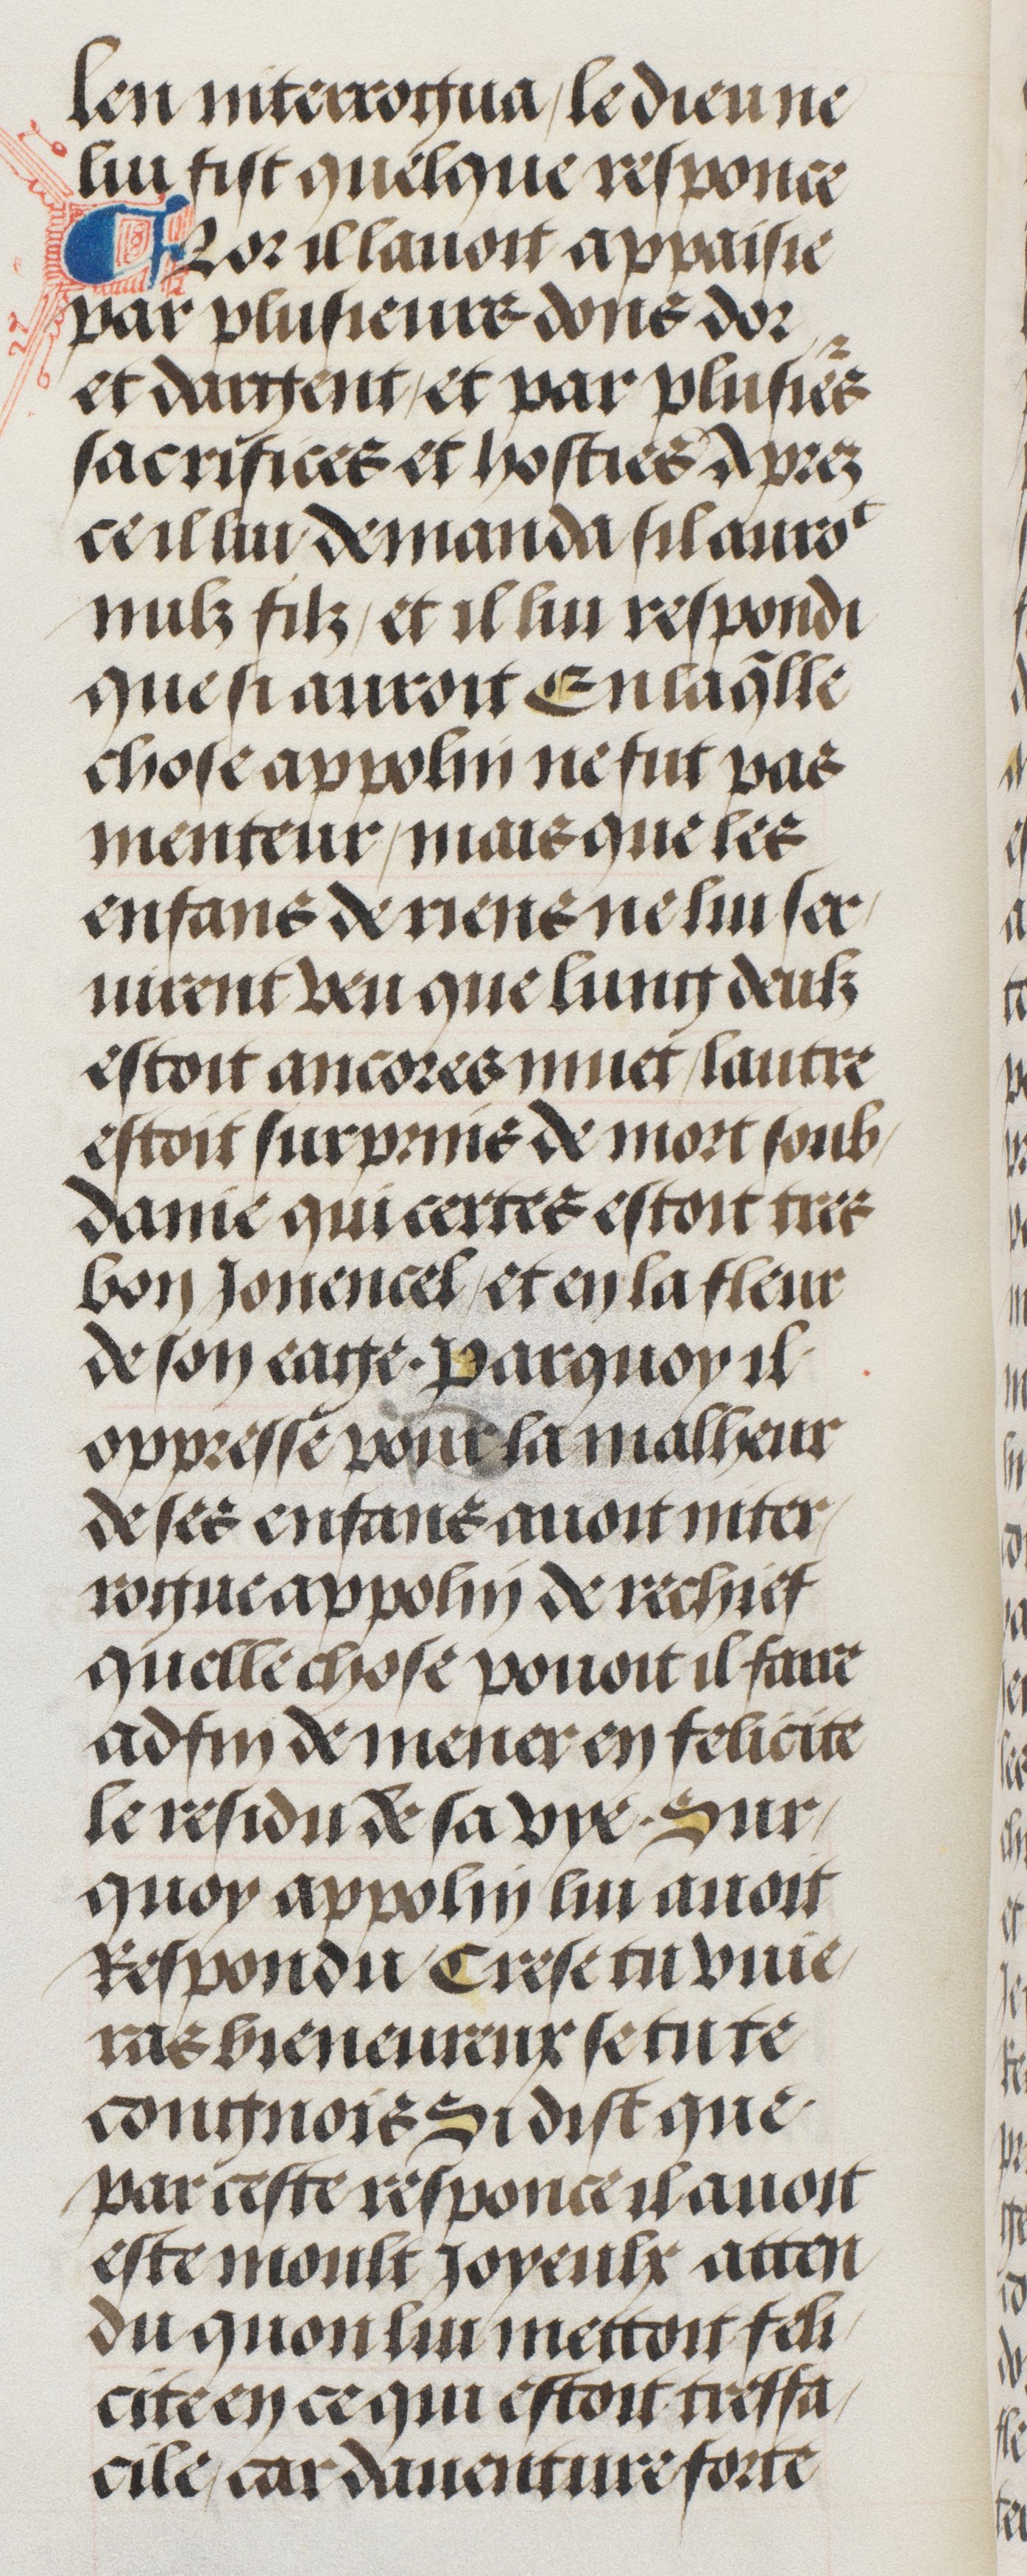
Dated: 1485–1505